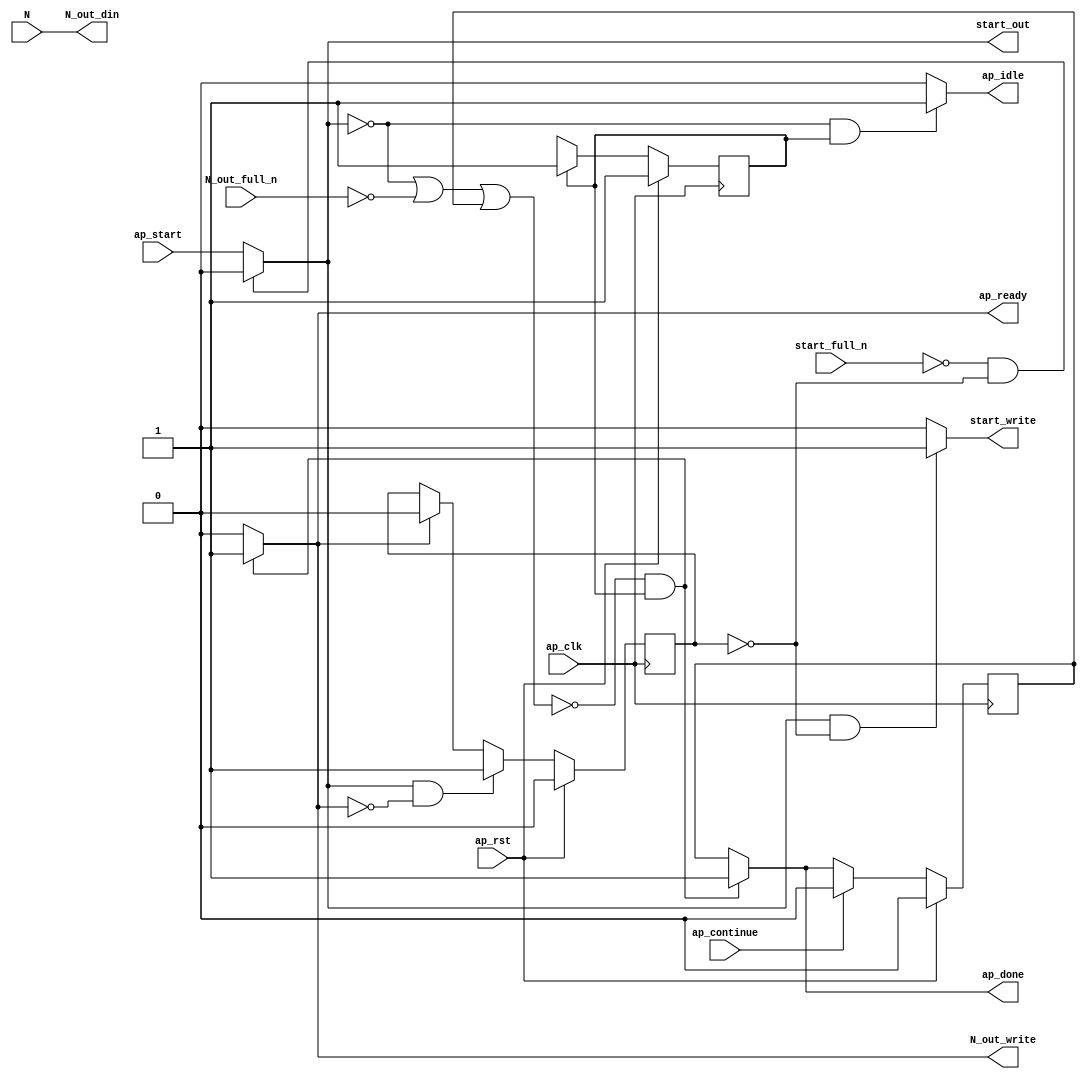
// ==============================================================
// RTL generated by Vitis HLS - High-Level Synthesis from C, C++ and OpenCL v2020.2 (64-bit)
// Version: 2020.2
// Copyright (C) Copyright 1986-2020 Xilinx, Inc. All Rights Reserved.
// 
// ===========================================================

`timescale 1 ns / 1 ps 

module hyperloglog_top_hyperloglog_entry3 (
        ap_clk,
        ap_rst,
        ap_start,
        start_full_n,
        ap_done,
        ap_continue,
        ap_idle,
        ap_ready,
        start_out,
        start_write,
        N,
        N_out_din,
        N_out_full_n,
        N_out_write
);

parameter    ap_ST_fsm_state1 = 1'd1;

input   ap_clk;
input   ap_rst;
input   ap_start;
input   start_full_n;
output   ap_done;
input   ap_continue;
output   ap_idle;
output   ap_ready;
output   start_out;
output   start_write;
input  [63:0] N;
output  [63:0] N_out_din;
input   N_out_full_n;
output   N_out_write;

reg ap_done;
reg ap_idle;
reg start_write;
reg N_out_write;

reg    real_start;
reg    start_once_reg;
reg    ap_done_reg;
(* fsm_encoding = "none" *) reg   [0:0] ap_CS_fsm;
wire    ap_CS_fsm_state1;
reg    internal_ap_ready;
reg    N_out_blk_n;
reg    ap_block_state1;
reg   [0:0] ap_NS_fsm;
wire    ap_ce_reg;

// power-on initialization
initial begin
#0 start_once_reg = 1'b0;
#0 ap_done_reg = 1'b0;
#0 ap_CS_fsm = 1'd1;
end

always @ (posedge ap_clk) begin
    if (ap_rst == 1'b1) begin
        ap_CS_fsm <= ap_ST_fsm_state1;
    end else begin
        ap_CS_fsm <= ap_NS_fsm;
    end
end

always @ (posedge ap_clk) begin
    if (ap_rst == 1'b1) begin
        ap_done_reg <= 1'b0;
    end else begin
        if ((ap_continue == 1'b1)) begin
            ap_done_reg <= 1'b0;
        end else if ((~((real_start == 1'b0) | (1'b0 == N_out_full_n) | (ap_done_reg == 1'b1)) & (1'b1 == ap_CS_fsm_state1))) begin
            ap_done_reg <= 1'b1;
        end
    end
end

always @ (posedge ap_clk) begin
    if (ap_rst == 1'b1) begin
        start_once_reg <= 1'b0;
    end else begin
        if (((real_start == 1'b1) & (internal_ap_ready == 1'b0))) begin
            start_once_reg <= 1'b1;
        end else if ((internal_ap_ready == 1'b1)) begin
            start_once_reg <= 1'b0;
        end
    end
end

always @ (*) begin
    if ((~((real_start == 1'b0) | (ap_done_reg == 1'b1)) & (1'b1 == ap_CS_fsm_state1))) begin
        N_out_blk_n = N_out_full_n;
    end else begin
        N_out_blk_n = 1'b1;
    end
end

always @ (*) begin
    if ((~((real_start == 1'b0) | (1'b0 == N_out_full_n) | (ap_done_reg == 1'b1)) & (1'b1 == ap_CS_fsm_state1))) begin
        N_out_write = 1'b1;
    end else begin
        N_out_write = 1'b0;
    end
end

always @ (*) begin
    if ((~((real_start == 1'b0) | (1'b0 == N_out_full_n) | (ap_done_reg == 1'b1)) & (1'b1 == ap_CS_fsm_state1))) begin
        ap_done = 1'b1;
    end else begin
        ap_done = ap_done_reg;
    end
end

always @ (*) begin
    if (((real_start == 1'b0) & (1'b1 == ap_CS_fsm_state1))) begin
        ap_idle = 1'b1;
    end else begin
        ap_idle = 1'b0;
    end
end

always @ (*) begin
    if ((~((real_start == 1'b0) | (1'b0 == N_out_full_n) | (ap_done_reg == 1'b1)) & (1'b1 == ap_CS_fsm_state1))) begin
        internal_ap_ready = 1'b1;
    end else begin
        internal_ap_ready = 1'b0;
    end
end

always @ (*) begin
    if (((start_full_n == 1'b0) & (start_once_reg == 1'b0))) begin
        real_start = 1'b0;
    end else begin
        real_start = ap_start;
    end
end

always @ (*) begin
    if (((real_start == 1'b1) & (start_once_reg == 1'b0))) begin
        start_write = 1'b1;
    end else begin
        start_write = 1'b0;
    end
end

always @ (*) begin
    case (ap_CS_fsm)
        ap_ST_fsm_state1 : begin
            ap_NS_fsm = ap_ST_fsm_state1;
        end
        default : begin
            ap_NS_fsm = 'bx;
        end
    endcase
end

assign N_out_din = N;

assign ap_CS_fsm_state1 = ap_CS_fsm[32'd0];

always @ (*) begin
    ap_block_state1 = ((real_start == 1'b0) | (1'b0 == N_out_full_n) | (ap_done_reg == 1'b1));
end

assign ap_ready = internal_ap_ready;

assign start_out = real_start;

endmodule //hyperloglog_top_hyperloglog_entry3